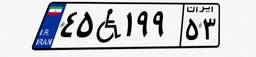
۴۵W۱۹۹۵۳